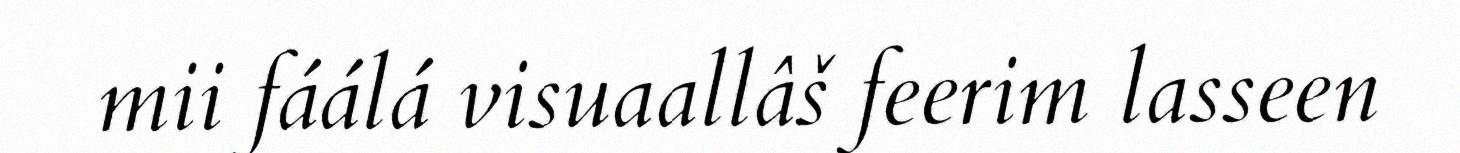
mii fáálá visuaallâš feerim lasseen